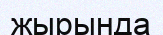
жырында